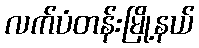
လက်ပံတန်းမြို့နယ်